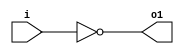
module invert(input wire i, output wire o1);
	assign o1 = ~i;	
	//NOT gate
endmodule

module and2(input wire i0, i1, output wire o2);
	assign o2 = (i0 & i1);
	//AND gate
endmodule

module or2(input wire i0, i1, output wire o3);
	assign o3 = (i0 | i1);
	//OR gate
endmodule

module xor2(input wire i0, i1, output wire o4);
	assign o4 = (i0 ^ i1);
	//XOR gate
endmodule

module nand2(input wire i0, i1, output wire o5);
	wire t;
	assign t = (i0 & i1);
	assign o5 = ~t;
	//NAND gate
endmodule